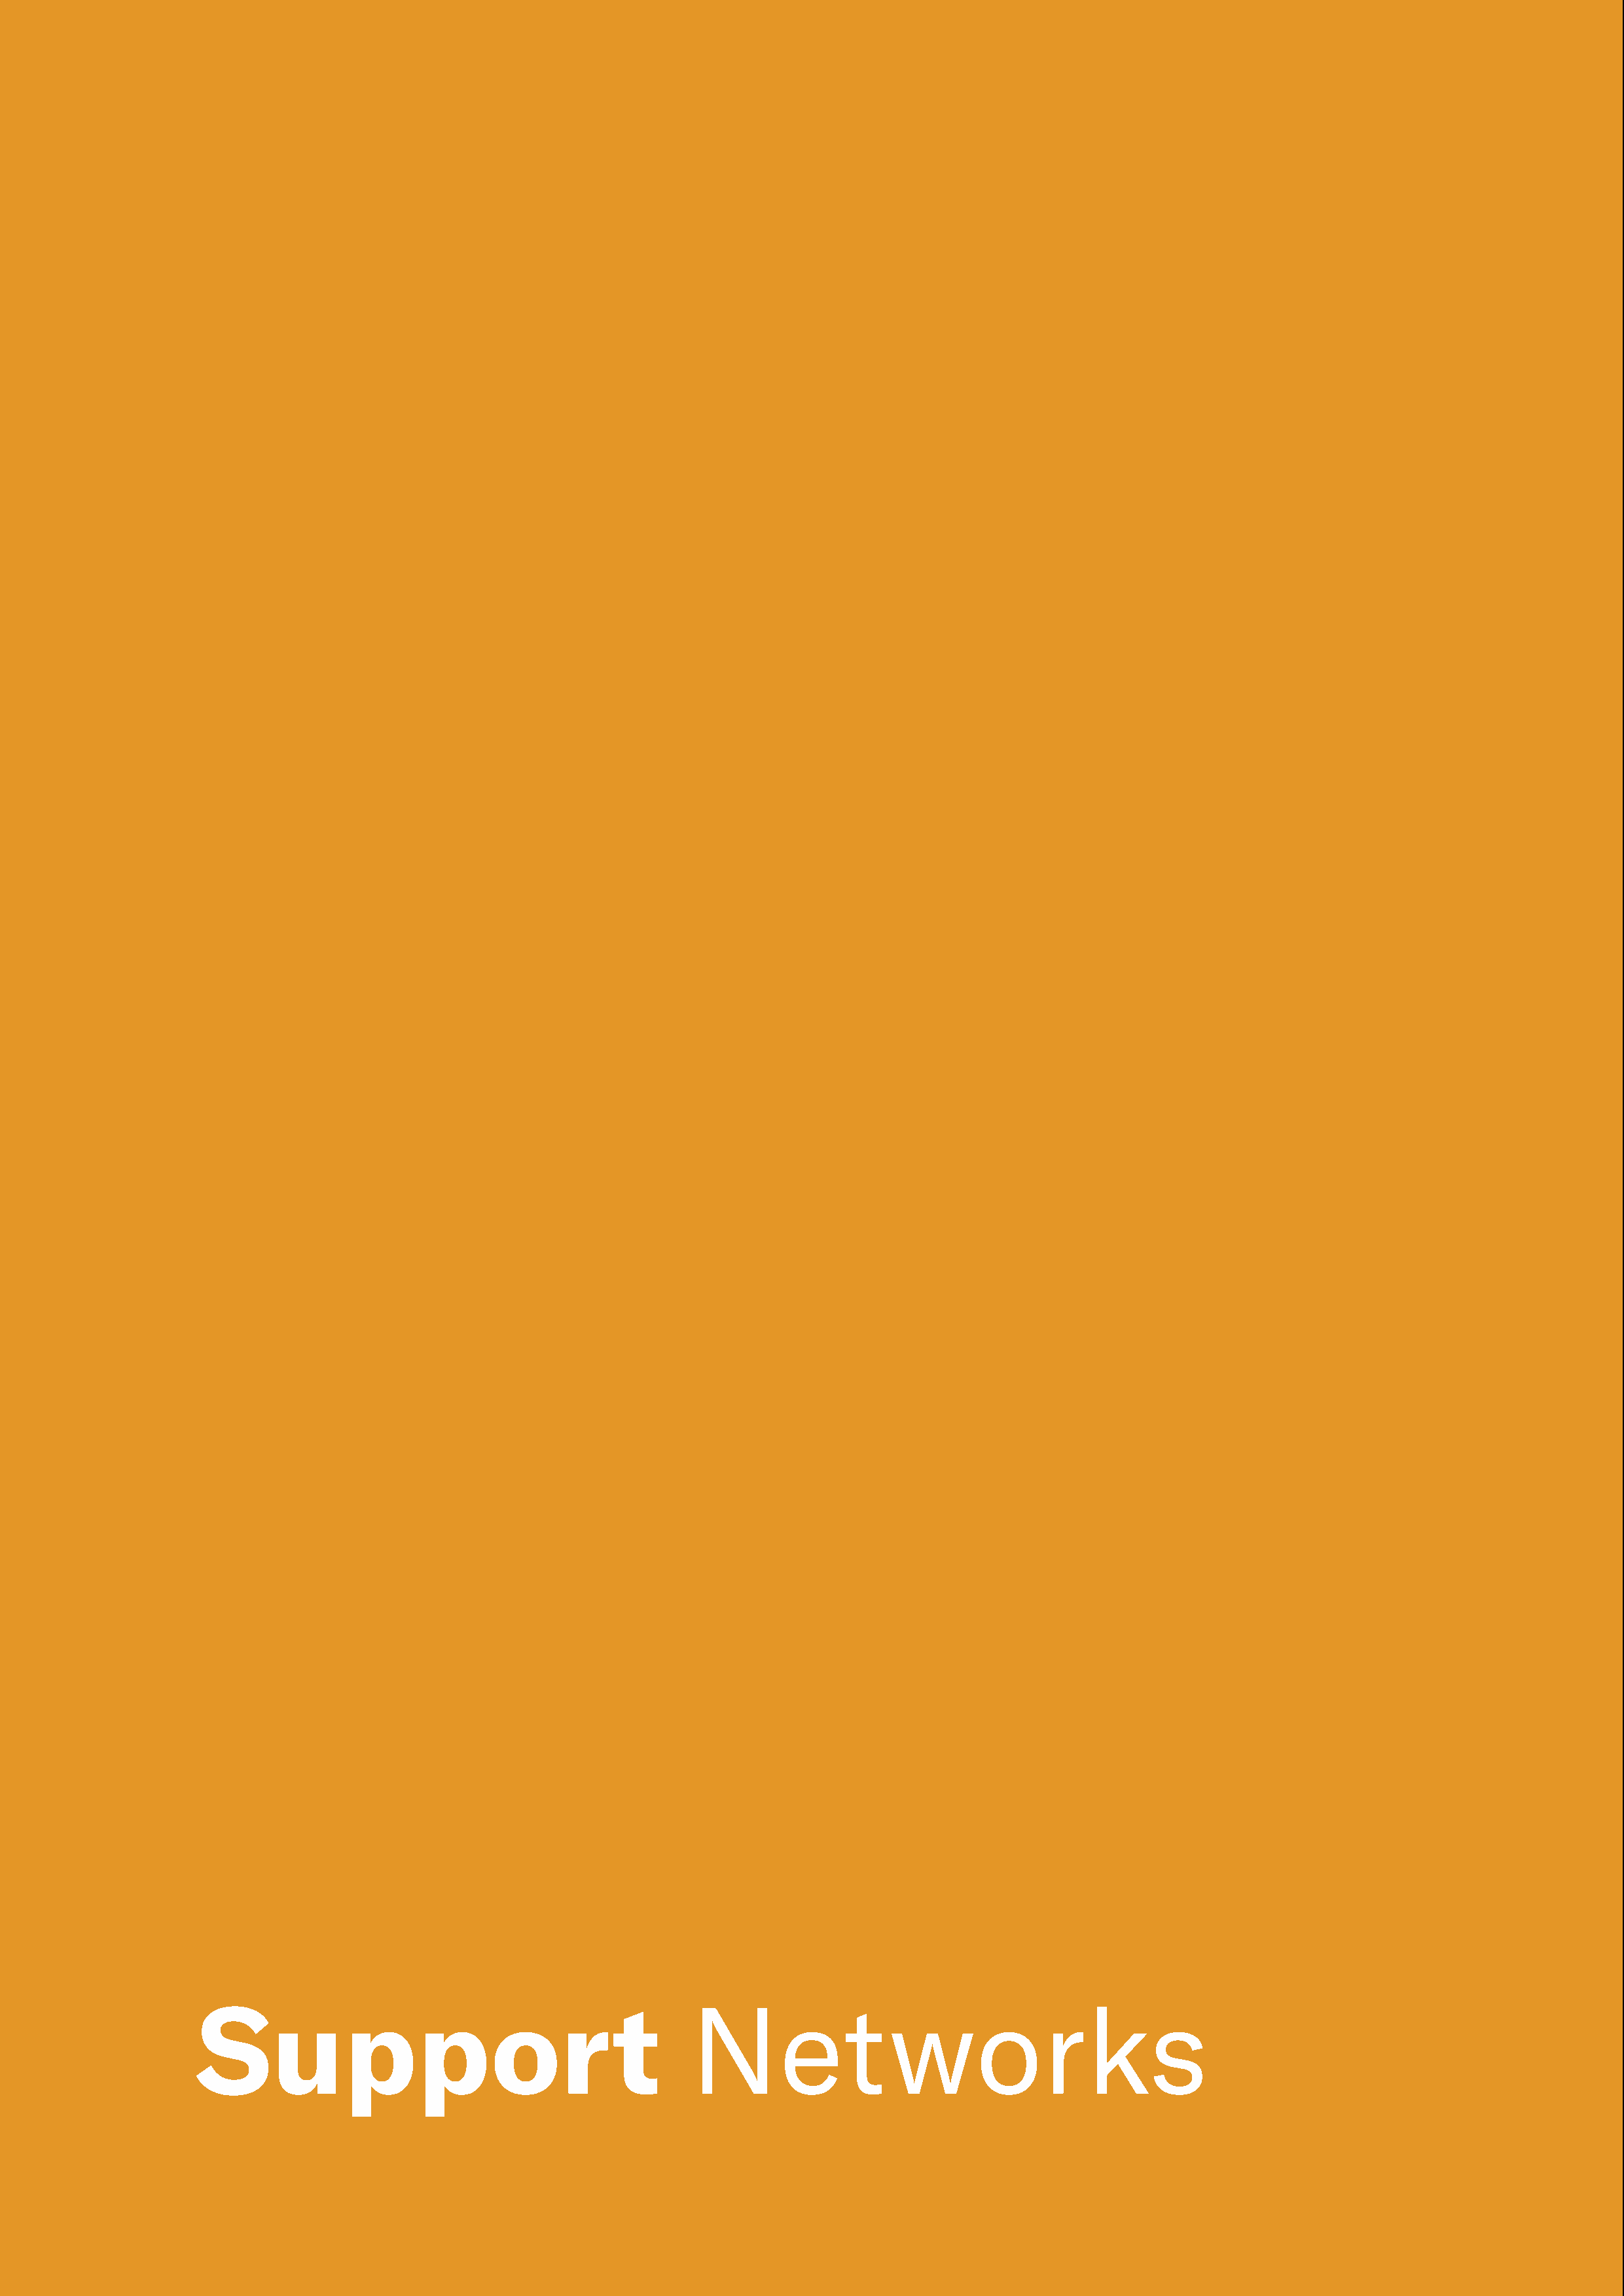
Support                                           Networks